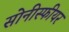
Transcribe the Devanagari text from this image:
सोनीस्फीयर